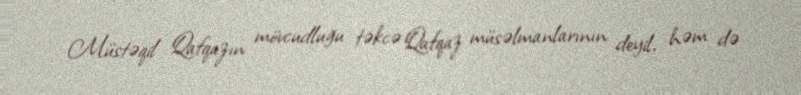
Müstəqil Qafqazın mövcudluğu təkcə Qafqaz müsəlmanlarının deyil, həm də